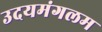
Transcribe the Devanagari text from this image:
उदयमंगलम